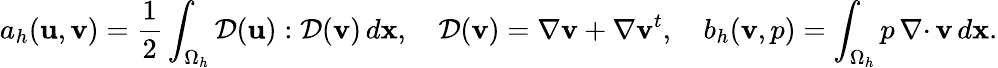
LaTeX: a_{h}({\mathbf u},{\mathbf v})=\frac 12\int_{\Omega_{h}}{\mathcal{D}}({\mathbf u}):{\mathcal{D}}({\mathbf v})\, d{\mathbf x},\quad{\mathcal{D}}({\mathbf v})=\nabla{\mathbf v}+\nabla{\mathbf v}^{t},\quad b_{h}({\mathbf v},p)=\int_{\Omega_{h}}p\, {{\nabla\cdot}\, }{\mathbf v}\, d{\mathbf x}.